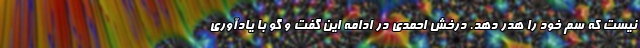
نیست که سم خود را هدر دهد. درخش احمدی در ادامه این گفت و گو با یادآوری